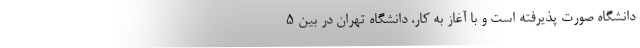
دانشگاه صورت پذیرفته است و با آغاز به کار، دانشگاه تهران در بین ۵